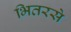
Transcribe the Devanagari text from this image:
भितरसे